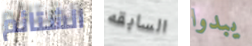
الشتائم السابقه يبدوا